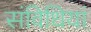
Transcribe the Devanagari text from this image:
संविधियां